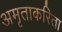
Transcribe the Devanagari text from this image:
अमृताकरिता